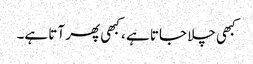
کبھی چلا جاتا ہے ، کبھی پھر آتا ہے۔